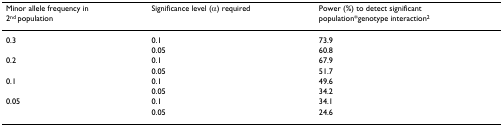
<table><thead><tr><td><b>Minor allele frequency in 2<sup>nd </sup>population</b></td><td><b>Significance level (α) required</b></td><td><b>Power (%) to detect significant population*genotype interaction<sup>2</sup></b></td></tr></thead><tbody><tr><td>0.3</td><td>0.1</td><td>73.9</td></tr><tr><td></td><td>0.05</td><td>60.8</td></tr><tr><td>0.2</td><td>0.1</td><td>67.9</td></tr><tr><td></td><td>0.05</td><td>51.7</td></tr><tr><td>0.1</td><td>0.1</td><td>49.6</td></tr><tr><td></td><td>0.05</td><td>34.2</td></tr><tr><td>0.05</td><td>0.1</td><td>34.1</td></tr><tr><td></td><td>0.05</td><td>24.6</td></tr></tbody></table>